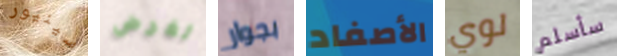
سينيور لغرض بجوار الأصفاد لوي سأسلم